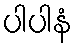
ပါပါနံ